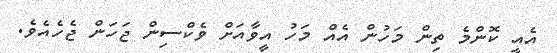
އެއީ ކޮންމެ ތިން މަހުން އެއް މަހު އީވާއަށް ވެކްސިން ޖަހަން ޖެހެއެވެ.